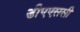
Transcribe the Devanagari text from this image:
डीएएससी